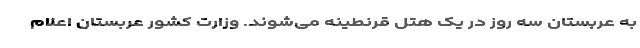
به عربستان سه روز در یک هتل قرنطینه می‌شوند. وزارت کشور عربستان اعلام